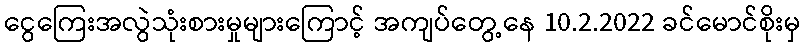
ငွေကြေးအလွဲသုံးစားမှုများကြောင့် အကျပ်တွေ့နေ 10.2.2022 ခင်မောင်စိုးမှ